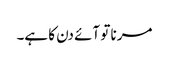
مرنا تو آئے دن کا ہے۔